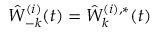
\hat { W } _ { - k } ^ { ( i ) } ( t ) = \hat { W } _ { k } ^ { ( i ) , * } ( t )